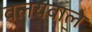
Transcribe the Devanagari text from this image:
वलयवाले